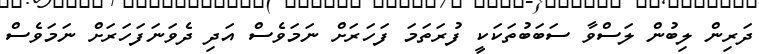
ދަރިން ލިބުން ލަސްވާ ސަބަބުތަކަކީ ފުރަތަމަ ފަހަރަށް ނަމަވެސް އަދި ދެވަނަފަހަރަށް ނަމަވެސް